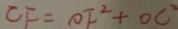
C F = O F ^ { 2 } + O C ^ { 2 }